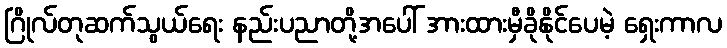
ဂြိုလ်တုဆက်သွယ်ရေး နည်းပညာတို့အပေါ် အားထားမှီခိုနိုင်ပေမဲ့ ရှေးကာလ